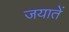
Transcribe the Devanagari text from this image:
जयातें